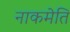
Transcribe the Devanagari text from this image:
नाकमेति